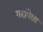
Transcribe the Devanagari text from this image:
गरांपेक्षा